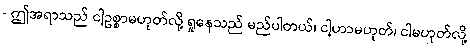
- ဤအရာသည် ငါ့ဥစ္စာမဟုတ်လို့ ရှုနေသည် မည်ပါတယ်၊ ငါ့ဟာမဟုတ်၊ ငါမဟုတ်လို့